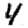
Digit: 4